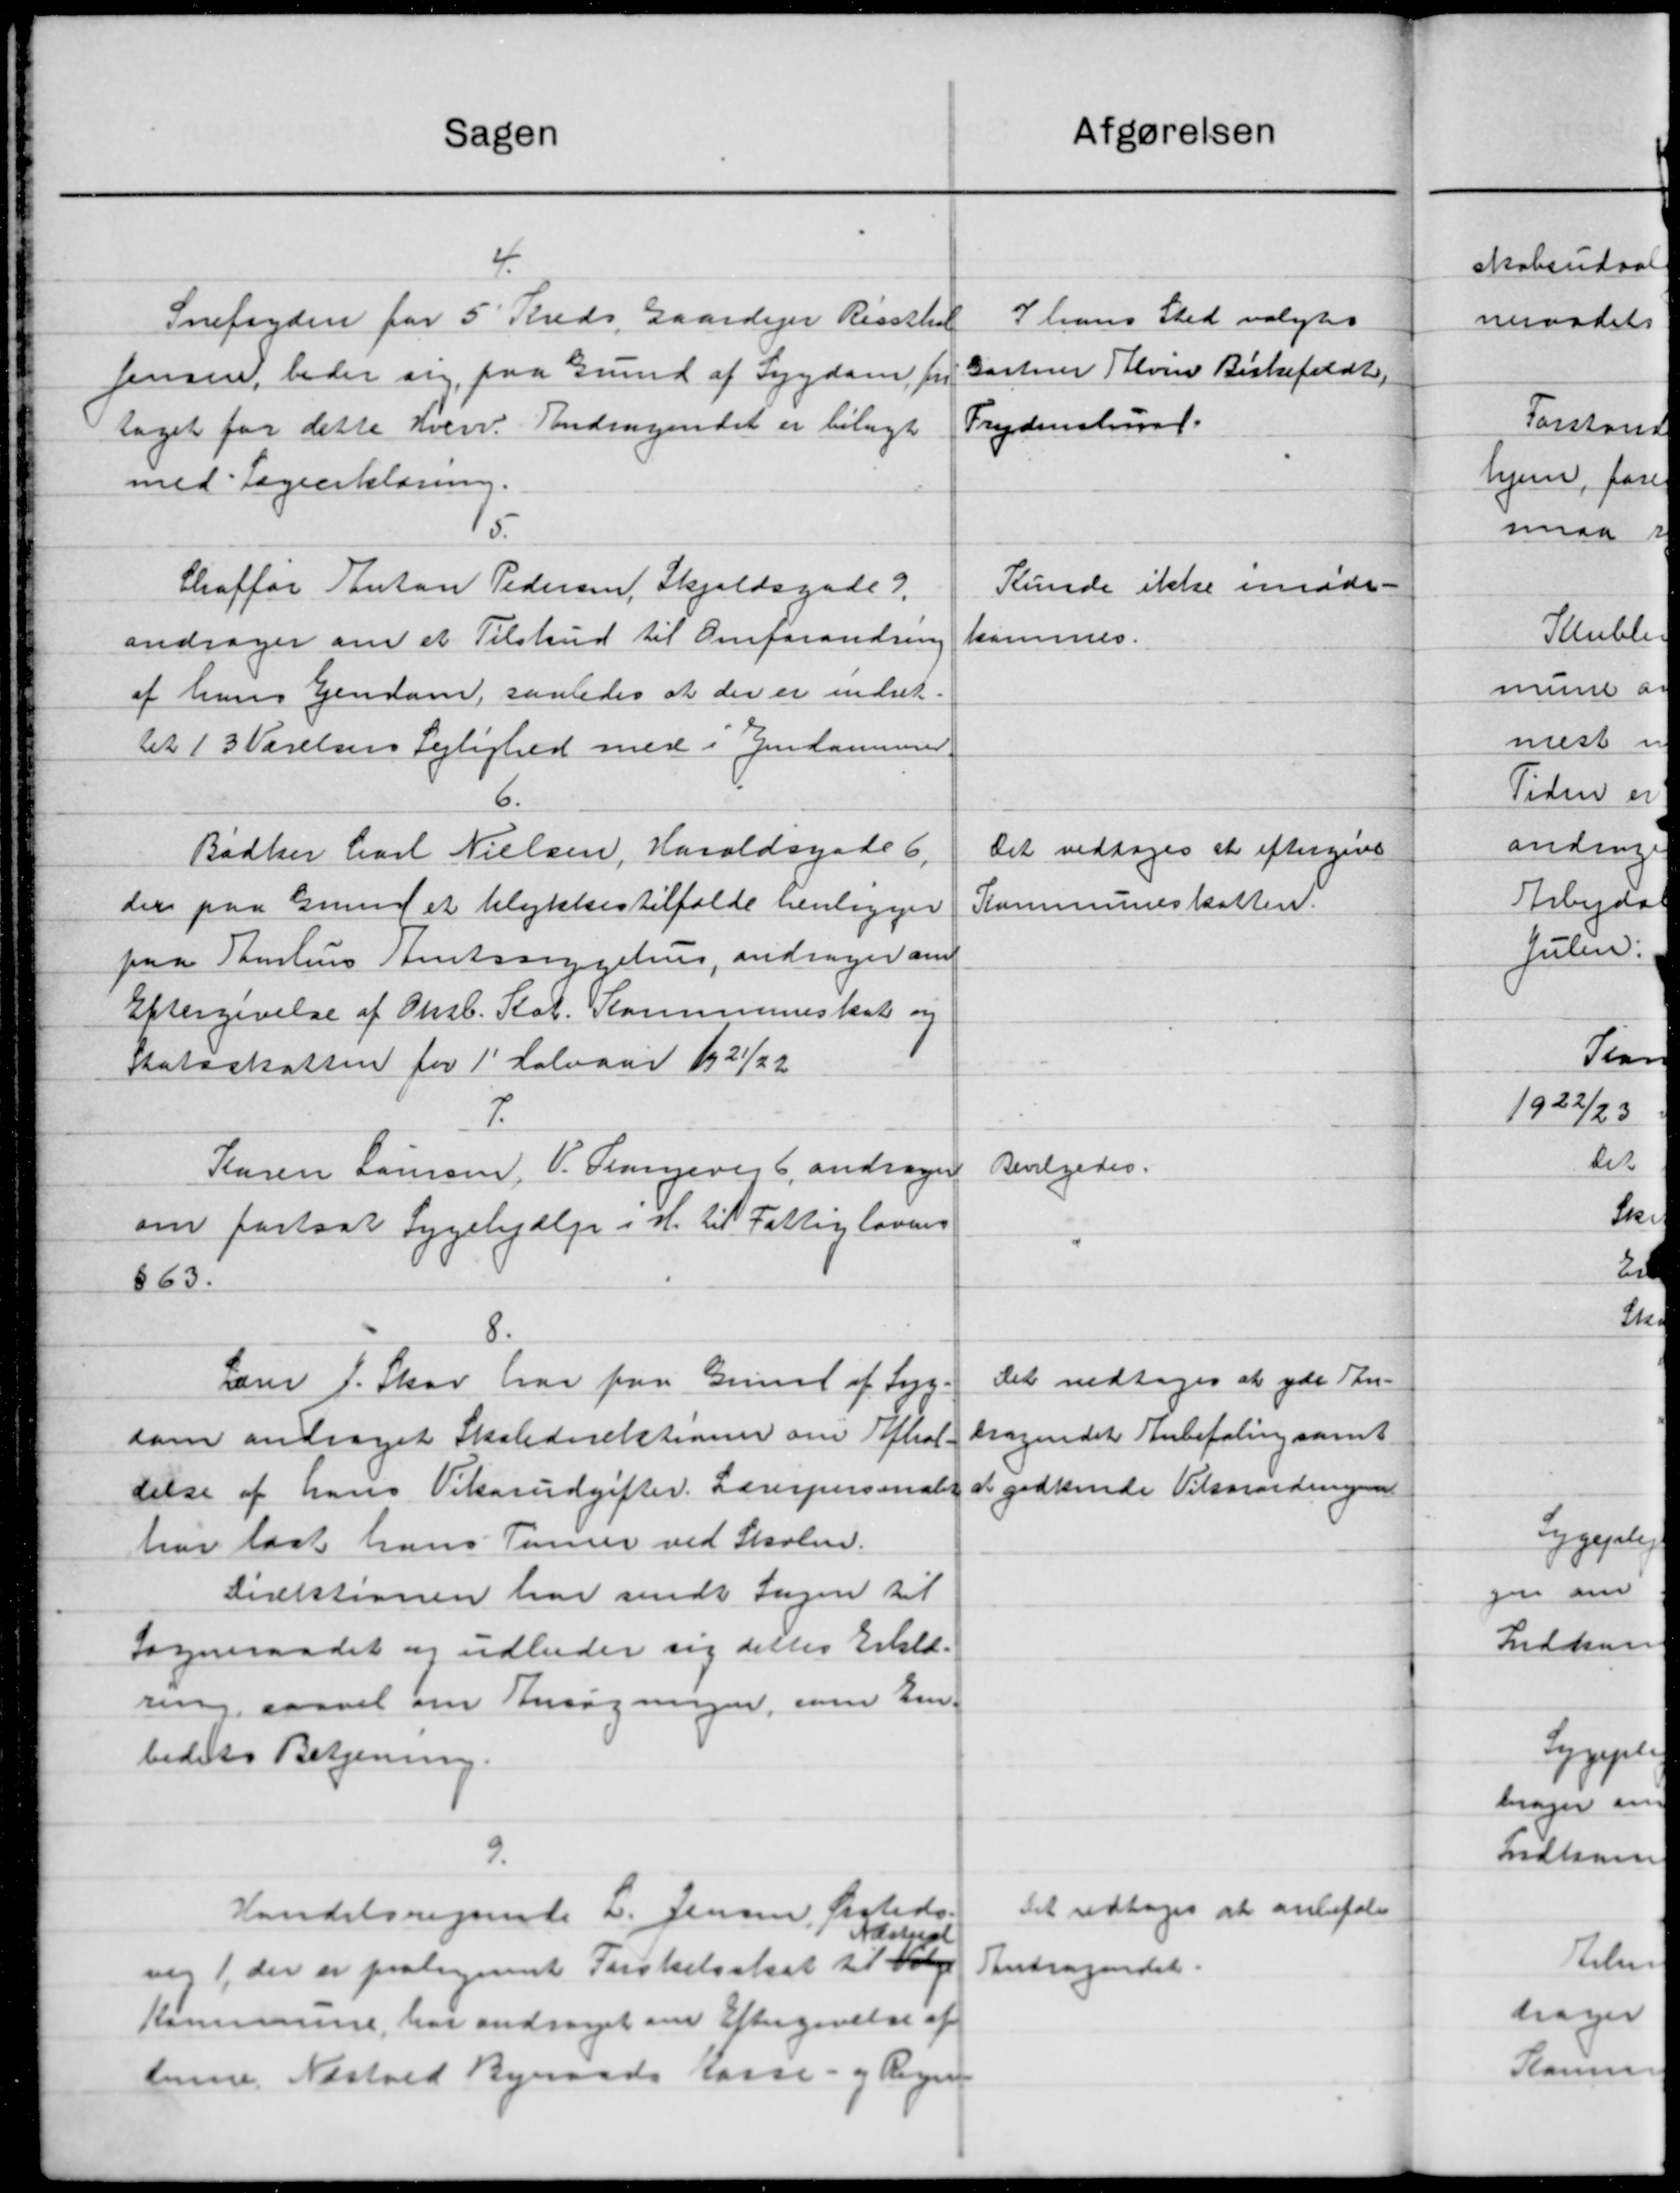
Transskription:
Sagen
4.
Snefogden for 5' Kreds Gaardejer Risschel
Jensen, beder sig paa Grund af Sygdom for
taget for dette Hverv. Andragendet er bilagt
med Lægeerklæring.
15.
Chraffør Anton Pedersen, Skjoldsgade 3.
andrager om et Tilskud til Omforandring
af hans Ejendom, saaledes at der er indret.
tt 13 Værelsens Lejlighed med i Gendammend
6.
Bødker Carl Nielsen, Haroldsgade 6,
der paa Grund et Ulykkestilfælde henligger
paa Taulus Amtssygelsen, andrager om
Eftergivelse af Oksb. Stat. Kommuneskat og
statsskatten for 1' Halvaar 1921/22
7.
Karen Laursen, V. Trangevej 6, andrager
om fastsat Sygehjælp i H. til Fattiglovens
863.
8.
Lærer J. Skov har paa Grund af Syg
som andraget Skoledirektioner om Toftrol.
delse af hans Vikarudgifter Lærerpersonalet
har lagt hans Timer ved Skolen.
Direktionen har sendt Sagen til
Sogneraadet og udbeder sig dettes Erklæ-
ring saavel om Ansøgningen, som Em.
bedets Betjening.
9.
Handelsvejende L. Jensen fasteds.
Næstved
vej 1, der er proterient Forskelsskat til Valge
Kommune, har andraget om Eftergivelse af
denne Næstved Byeraads Kasse- og Regn